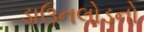
ડાઉનલોડનો